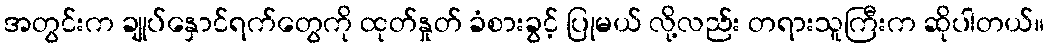
အတွင်းက ချုပ်နှောင်ရက်တွေကို ထုတ်နှုတ် ခံစားခွင့် ပြုမယ် လို့လည်း တရားသူကြီးက ဆိုပါတယ်။